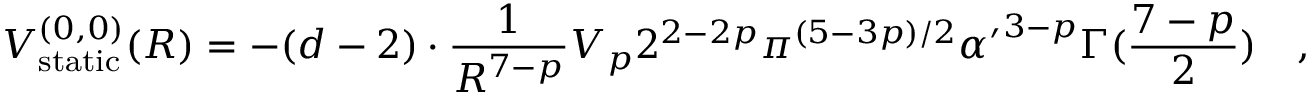
V _ { \mathrm { s t a t i c } } ^ { ( 0 , 0 ) } ( R ) = - ( d - 2 ) \cdot { \frac { 1 } { R ^ { 7 - p } } } V _ { p } 2 ^ { 2 - 2 p } \pi ^ { ( 5 - 3 p ) / 2 } { \alpha ^ { \prime } } ^ { 3 - p } \Gamma ( { \frac { 7 - p } { 2 } } ) \quad ,